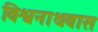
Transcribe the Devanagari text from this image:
विश्वनाथवास